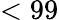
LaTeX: <99